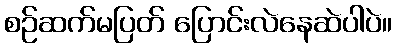
စဉ်ဆက်မပြတ် ပြောင်းလဲနေဆဲပါပဲ။